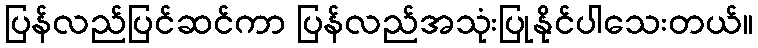
ပြန်လည်ပြင်ဆင်ကာ ပြန်လည်အသုံးပြုနိုင်ပါသေးတယ်။